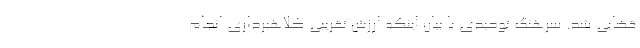
قضایی شد. سرهنگ توحیدی با بیان اینکه ارزش تقریبی کلاهبرداری انجام